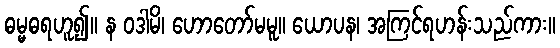
ဓမ္မဓရဟူ၍။ န ဝဒါမိ၊ ဟောတော်မမူ။ ယောပန၊ အကြင်ရဟန်းသည်ကား။